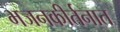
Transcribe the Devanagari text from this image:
भजनकीर्तनात